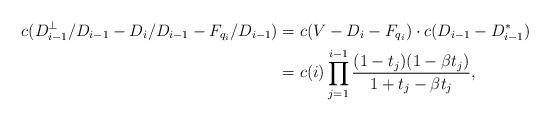
LaTeX: \begin{align*} c(D_{i-1}^\perp/D_{i-1} - D_i/D_{i-1} - F_{q_i}/D_{i-1}) &= c(V-D_i-F_{q_i})\cdot c(D_{i-1}-D_{i-1}^*) \\ &= c(i) \prod_{j=1}^{i-1} \frac{(1-t_j)(1-\beta t_j)}{1+t_j-\beta t_j},\end{align*}